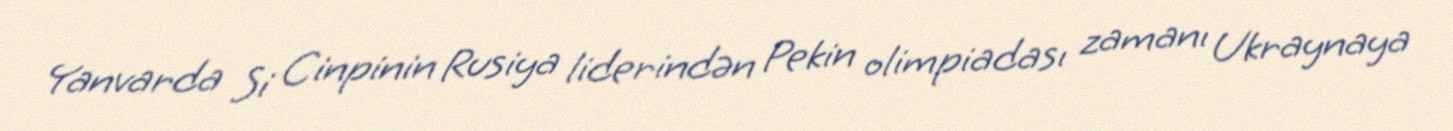
Yanvarda Si Cinpinin Rusiya liderindən Pekin olimpiadası zamanı Ukraynaya